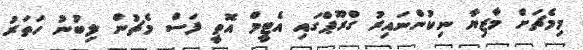
މިމެޗަށް މާޒިޔާ ނިކުންނައިރު ގްރޫޕްގައި އެޓީމް އޮތީ ފަސް މެޗުން ލިބުނު ހަތަރު